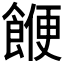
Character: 𮩅